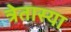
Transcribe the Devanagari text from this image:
त्रेतास्या